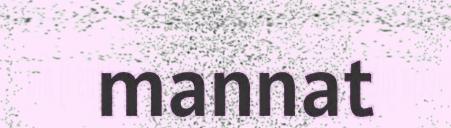
mannat